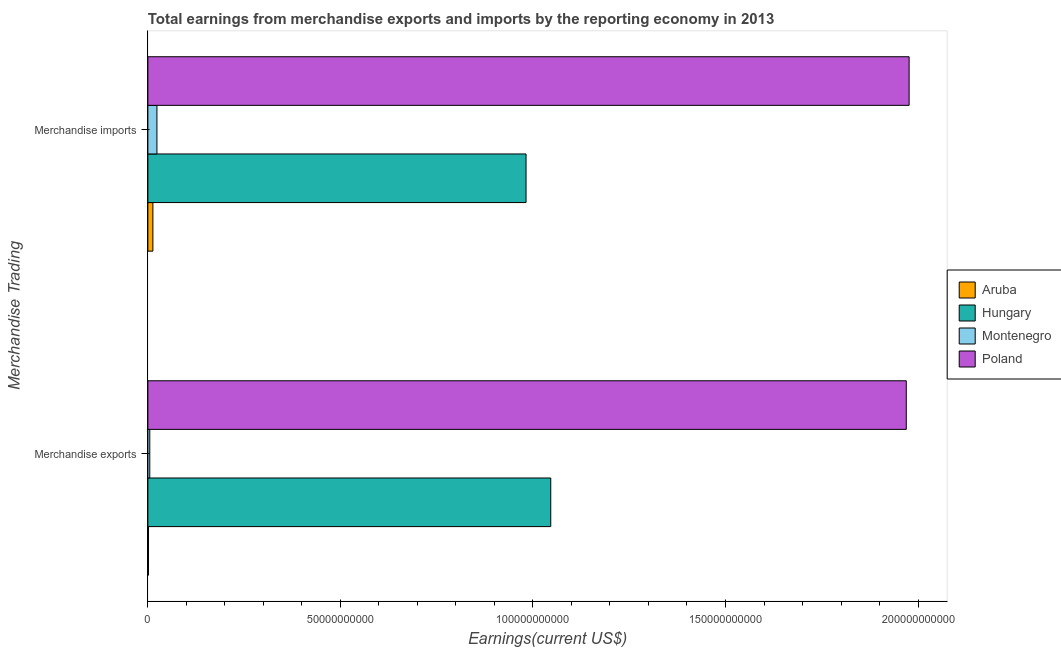
| Merchandise Trading | Aruba | Hungary | Montenegro | Poland |
 | --- | --- | --- | --- | --- |
 | Merchandise exports | 1.68e+08 | 1.05e+11 | 4.98e+08 | 1.97e+11 |
 | Merchandise imports | 1.3e+09 | 9.82e+10 | 2.35e+09 | 1.98e+11 |